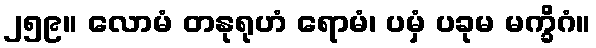
၂၅၉။ လောမံ တနုရုဟံ ရောမံ၊ ပမှံ ပခုမ မက္ခိဂံ။